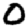
Digit: 0